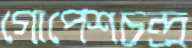
গোপেশচন্দ্র